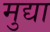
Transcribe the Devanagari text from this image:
मुद्या